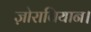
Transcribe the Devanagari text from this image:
ज़ोराबियान।